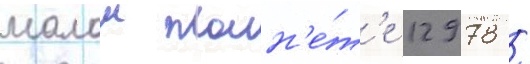
малои план'е́т'е 12978 /